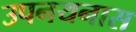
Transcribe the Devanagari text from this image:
उपनयनास